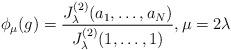
LaTeX: \begin{align*} \phi_\mu(g)= \frac{J_\lambda^{(2)}(a_1,\ldots, a_N)}{J_\lambda^{(2)}(1,\ldots, 1)}, \mu=2\lambda \end{align*}